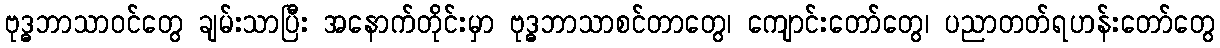
ဗုဒ္ဓဘာသာဝင်တွေ ချမ်းသာပြီး အနောက်တိုင်းမှာ ဗုဒ္ဓဘာသာစင်တာတွေ၊ ကျောင်းတော်တွေ၊ ပညာတတ်ရဟန်းတော်တွေ